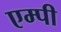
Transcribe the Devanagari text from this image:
एम्पी